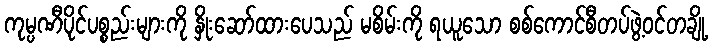
ကုမ္ပဏီပိုင်ပစ္စည်းများကို နှိုးဆော်ထားပေသည် မစိမ်းကို ရယူသော စစ်ကောင်စီတပ်ဖွဲ့ဝင်တချို့